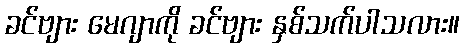
ခင်ဗျား မေဂျာကို ခင်ဗျား နှစ်သက်ပါသလား။